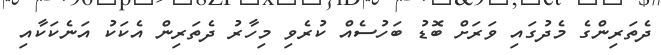
ދެތަރިންގެ މެދުގައި ވަރަށް ބޮޑު ބަހުސެއް ކުރެވި މިހާރު ދެތަރިން އެކަކު އަނެކަކާއި